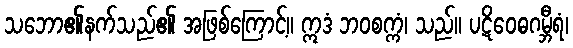
သဘော၏နက်သည်၏ အဖြစ်ကြောင့်။ ဣဒံ ဘဝစက္ကံ၊ သည်။ ပဋိဝေဓဂမ္ဘီရံ၊